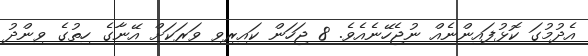
އެދުމުގަ ކޮޅުފައިންނެއް ނުޖެހޭނެއެވެ. 8 ޖަހަން ކައިރިވި ވަރަކަށް އޭނާގެ ހިތުގެ ވިންދު